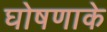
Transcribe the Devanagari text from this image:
घोषणाके